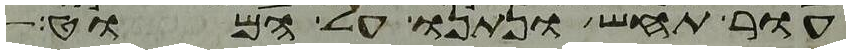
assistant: עור תחש ונתנו על המוט